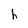
Character: h